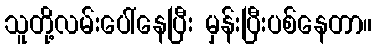
သူတို့လမ်းပေါ်နေပြီး မှန်းပြီးပစ်နေတာ။